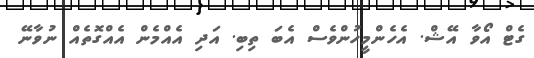
ގެޓް އޯވާ އޭޝް. އެހެންމީހުންވެސް އެބަ ތިބި. އަދި އެއްމެން އެއްގޮތެއް ނުވާނޭ